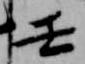
壬